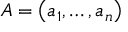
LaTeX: A = \left( a _ { 1 } , \ldots , a _ { n } \right)